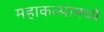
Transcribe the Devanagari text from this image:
महाकल्पामध्ये